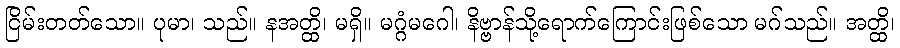
ငြိမ်းတတ်သော။ ပုမာ၊ သည်။ နအတ္ထိ၊ မရှိ။ မဂ္ဂံမဂေါ၊ နိဗ္ဗာန်သို့ရောက်ကြောင်းဖြစ်သော မဂ်သည်။ အတ္ထိ၊